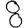
Digit: 8